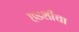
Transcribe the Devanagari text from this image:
हडशीचा